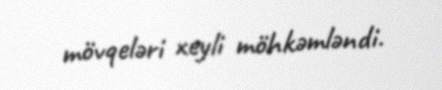
mövqeləri xeyli möhkəmləndi.